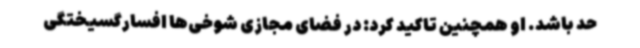
حد باشد. او همچنین تاکید کرد: در فضای مجازی شوخی‌ها افسارگسیختگی‌